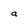
Character: a